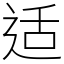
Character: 适